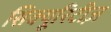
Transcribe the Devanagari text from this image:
सिक्यूरिटीज़